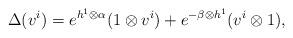
LaTeX: \begin{align*}\Delta (v^{i}) = e^{h^{1} \otimes \alpha}(1 \otimes v^{i})+ e^{- \beta \otimes h^{1}}( v^{i} \otimes 1), \end{align*}